King Institute of Preventive Medicine Micro-Biological Section reports 1912-19
Year: 1912
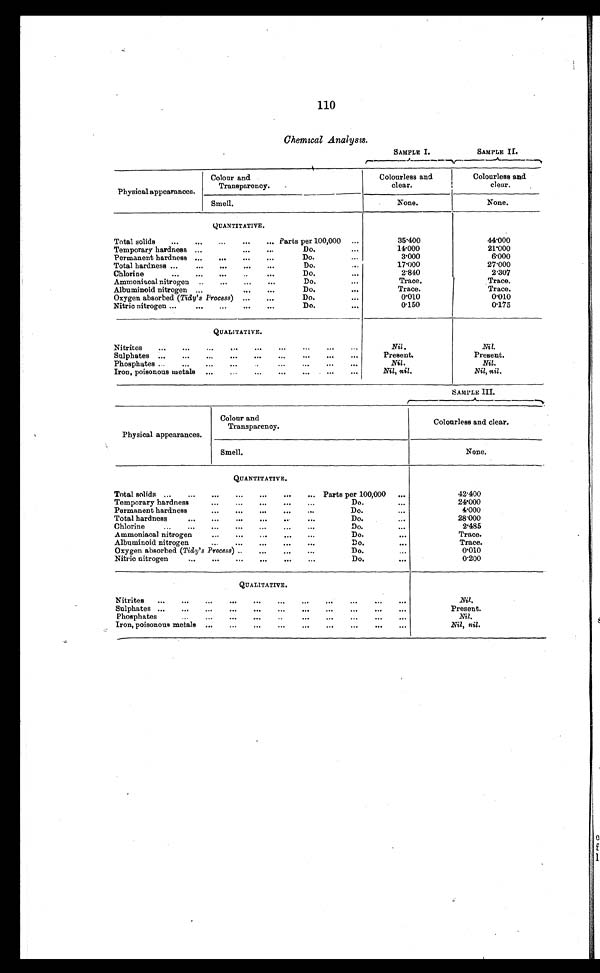
110
Chemical Analysis.
SAMPLE I.
SAMPLE II.
Physical appearances.
Colour and
Transparency.
Colourless and
clear.
Colourless and.
clear.
Smell.
None.
None.
QUANTITATIVE.
Total solids
Parts per 100,000
35.400
44.000
Temporary hardness
Do.
14.000
21.000
Permanent hardness
Do.
3.000
6.000
Total hardness
Do.
17.000
27.000
Chlorine
Do.
2.840
2.307
Ammoniacal nitrogen
Do.
Trace.
Trace.
Albuminoid nitrogen
Do.
Trace.
Trace.
Oxygen absorbed (Tidy's Process)
Do.
0.010
0.010
Nitric nitrogen
Do.
0.150
0.175
QUALITATIVE.
Nitrites
Nil.
Nil.
Sulphates
Present.
Present.
Phosphates
Nil.
Nil.
Iron, poisonous metals
Nil, nil.
Nil, nil.
SAMPLE III.
Physical appearances.
Colour and
Transparency.
Colourless and clear.
Smell.
None.
QUANTITATIVE.
Total solids
Parts per 100,000
42.400
Temporary hardness
Do.
24.000
Permanent hardness
Do.
4.000
Total hardness
Do.
28.000
Chlorine
Do.
2.485
Ammoniacal nitrogen
Do.
Trace.
Albuminoid nitrogen
Do.
Trace.
Oxygen absorbed (Tidy's Process)
Do.
0.010
Nitric nitrogen
Do.
0.200
QUALITATIVE.
Nitrites
Nil.
Sulphates
Present.
Phosphates
Nil.
Iron, poisonous metals
Nil, nil.